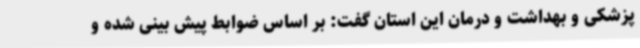
پزشکی و بهداشت و درمان این استان گفت: بر اساس ضوابط پیش بینی شده و